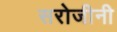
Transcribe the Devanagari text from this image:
सरोजीनी